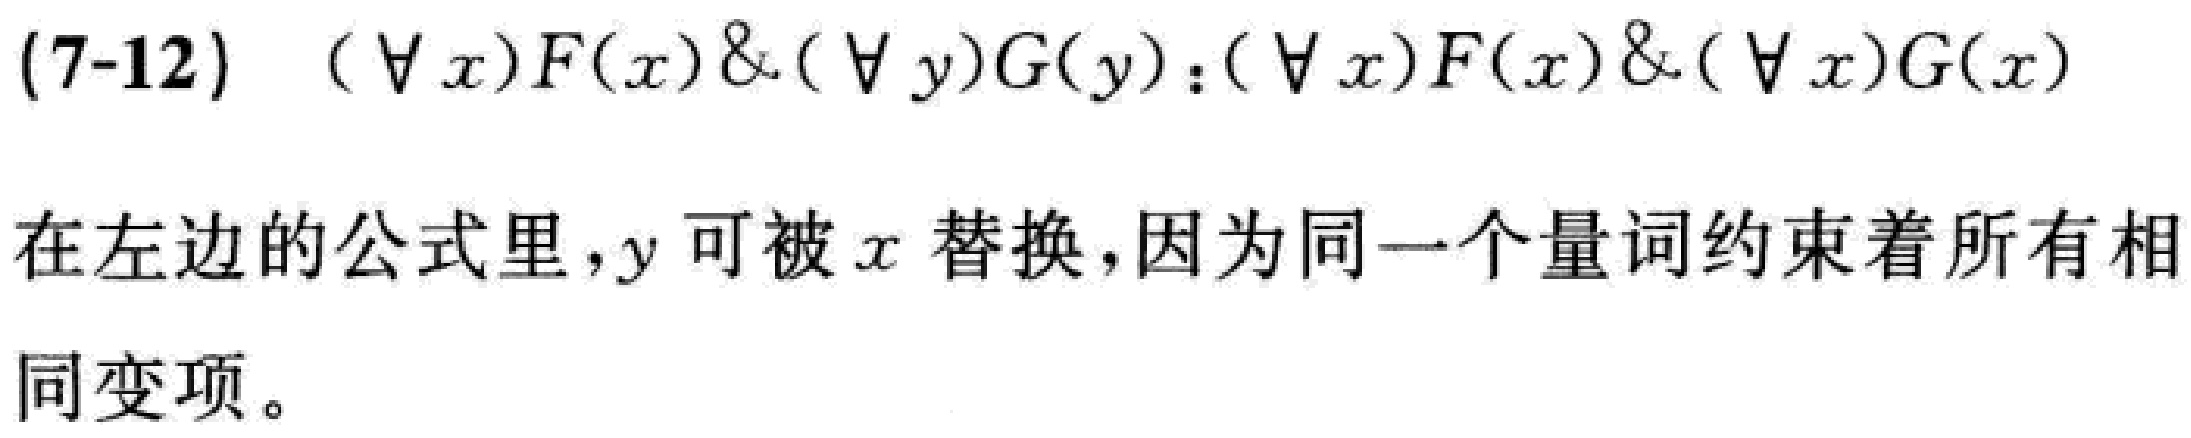
(7-12) \((\forall x)F(x)\&(\forall y)G(y):(\forall x)F(x)\&(\forall x)G(x)\)
在左边的公式里，\(y\)可被\(x\)替换，因为同一个量词约束着所有相同变项。